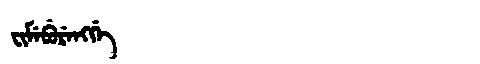
Manchu: ᠸᡳᠮᡝᠪᡠᡵᡝᠩᡤᡝ
Romanization: FIMEBURENGGE